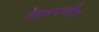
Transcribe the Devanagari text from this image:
विरूपणीय